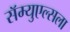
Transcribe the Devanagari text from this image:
सॅम्युएल्सला